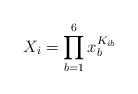
\begin{align*}X_i=\prod_{b=1}^6 x_b^{K_{ib}}\end{align*}